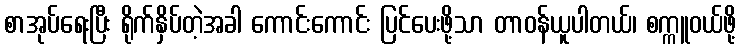
စာအုပ်ရေးပြီး ရိုက်နှိပ်တဲ့အခါ ကောင်းကောင်း ပြင်ပေးဖို့သာ တာဝန်ယူပါတယ်၊ စက္ကူဝယ်ဖို့